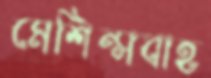
মেশিন্সবাহ